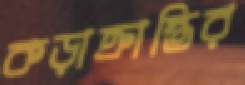
কড়াক্রান্তির